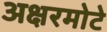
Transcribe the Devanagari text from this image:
अक्षरमोटे